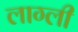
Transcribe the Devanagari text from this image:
लाग्ली